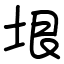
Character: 垠